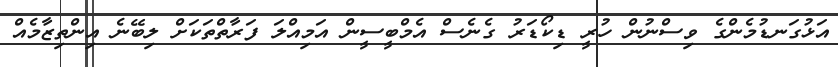
އަޅުގަނޑުމެންގެ ވިސްނުން ހުރީ ޑިކޯޑަރު ގެނެސް އެމްބީސީން އަމިއްލަ ފަރާތްތަކަށް ލިބޭނެ އިންތިޒާމެއް